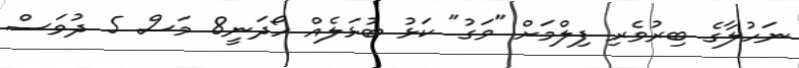
ނަހުލާގެ ބިރުވެރި ފިލްމަށް "ވަގު" ކަޅު ބުޅަލެއް ހޯދަނީ8 މަސް 5 ދުވަސް